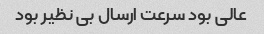
عالی بود سرعت ارسال بی نظیر بود